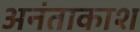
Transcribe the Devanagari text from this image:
अनंताकाश